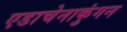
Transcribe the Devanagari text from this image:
एडाचेनाकुंगन